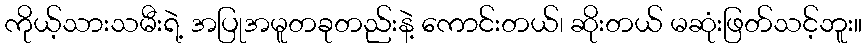
ကိုယ့်သားသမီးရဲ့ အပြုအမူတခုတည်းနဲ့ ကောင်းတယ်၊ ဆိုးတယ် မဆုံးဖြတ်သင့်ဘူး။